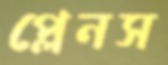
প্লেনস